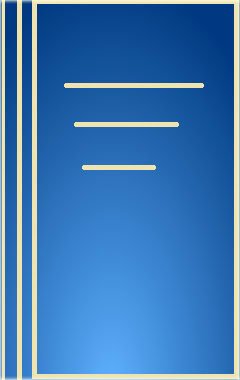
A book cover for Kidney Transplant Rejection: Diagnosis and Treatment (Kidney Disease Series); James F. Burdick; Health, Fitness & Dieting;